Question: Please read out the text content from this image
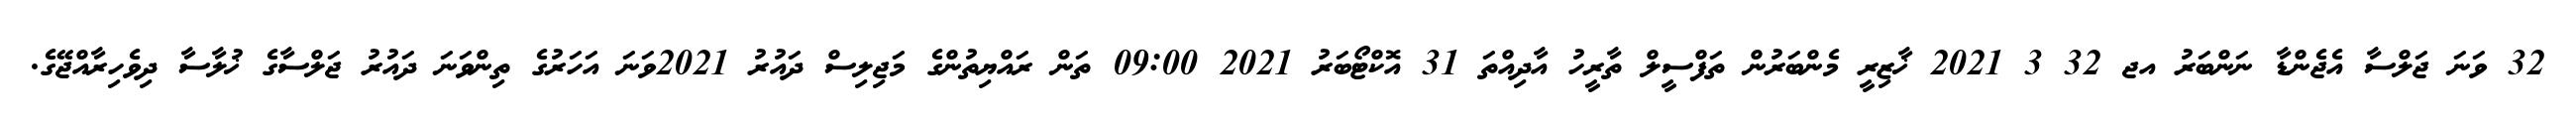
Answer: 32 ވަނަ ޖަލްސާ އެޖެންޑާ ނަންބަރު އޖ 32 3 2021 ޚާޒިރީ މެންބަރުން ތަފްސީލް ތާރީހު އާދިއްތަ 31 އޮކްޓޯބަރު 2021 09:00 ތަން ރައްޔިތުންގެ މަޖިލިސް ދައުރު 2021ވަނަ އަހަރުގެ ތިންވަނަ ދައުރު ޖަލްސާގެ ޚުލާސާ ދިވެހިރާއްޖޭގެ.